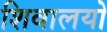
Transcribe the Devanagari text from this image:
शिवालयो